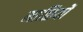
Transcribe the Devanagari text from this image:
माळियों